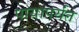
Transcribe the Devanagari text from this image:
पायापर्यंत